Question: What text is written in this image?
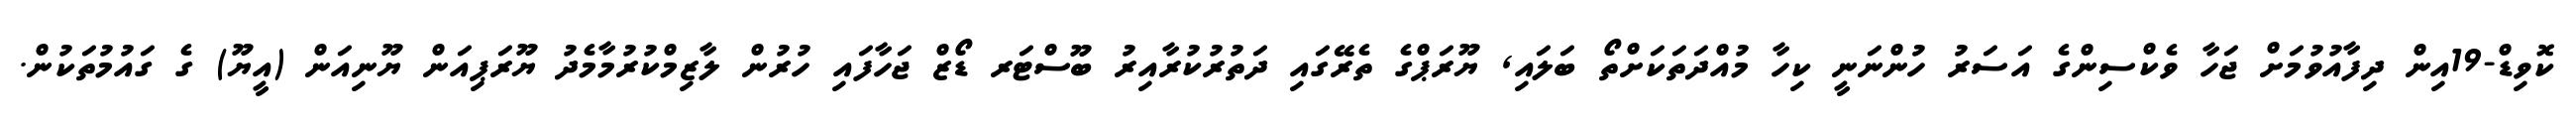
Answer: ކޮވިޑް-19އިން ދިފާއުވުމަށް ޖަހާ ވެކްސިންގެ އަސަރު ހުންނަނީ ކިހާ މުއްދަތަކަށްތޯ ބަލައި, ޔޫރަޕްގެ ތެރޭގައި ދަތުރުކުރާއިރު ބޫސްޓަރ ޑޯޒް ޖަހާފައި ހުރުން ލާޒިމްކުރުމާމެދު ޔޫރަޕިއަން ޔޫނިއަން (އީޔޫ) ގެ ގައުމުތަކުން.